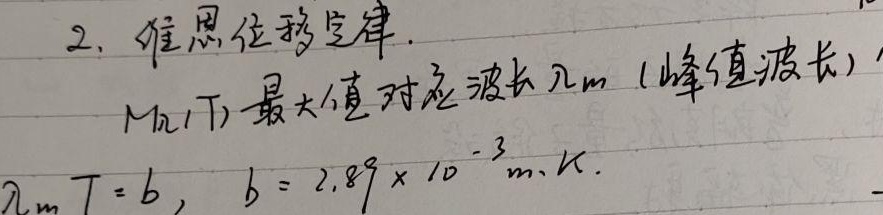
2. 维恩位移定律.
$M(λ,T)$最大值对应波长$\lambda_m$（峰值波长），
$\lambda_mT = b,\ b = 2.89\times 10^{-3}\text{ m}\cdot\text{K}.$